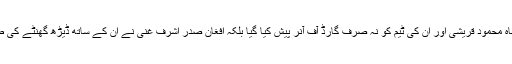
دوسری طرف شاہ محمود قریشی اور ان کی ٹیم کو نہ صرف گارڈ آف آنر پیش کیا گیا بلکہ افغان صدر اشرف غنی نے ان کے ساتھ ڈیڑھ گھنٹے کی طویل ملاقات کی۔